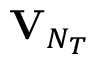
{ \mathbf { V } } _ { N _ { T } }